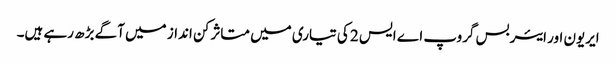
ایریون اور ایئربس گروپ اے ایس 2 کی تیاری میں متاثر کن انداز میں آگے بڑھ رہے ہیں۔